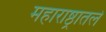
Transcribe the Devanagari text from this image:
महाराष्ठ्रातले